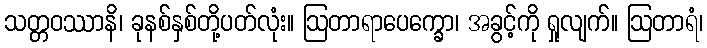
သတ္တဝဿာနိ၊ ခုနစ်နှစ်တို့ပတ်လုံး။ ဩတာရာပေက္ခော၊ အခွင့်ကို ရှုလျက်။ ဩတာရံ၊